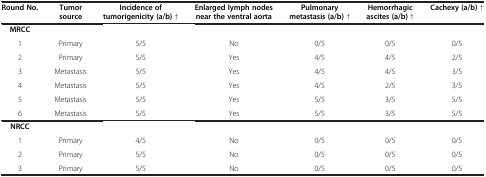
<table><thead><tr><td><b>Round No.</b></td><td><b>Tumor source</b></td><td><b>Incidence of tumorigenicity (a/b) †</b></td><td><b>Enlarged lymph nodes near the ventral aorta</b></td><td><b>Pulmonary metastasis (a/b) †</b></td><td><b>Hemorrhagic ascites (a/b) †</b></td><td><b>Cachexy (a/b) †</b></td></tr></thead><tbody><tr><td><b>MRCC</b></td><td> </td><td> </td><td> </td><td> </td><td> </td><td> </td></tr><tr><td>1</td><td>Primary</td><td>5/5</td><td>No</td><td>0/5</td><td>0/5</td><td>0/5</td></tr><tr><td>2</td><td>Primary</td><td>5/5</td><td>Yes</td><td>4/5</td><td>4/5</td><td>2/5</td></tr><tr><td>3</td><td>Metastasis</td><td>5/5</td><td>Yes</td><td>4/5</td><td>4/5</td><td>3/5</td></tr><tr><td>4</td><td>Metastasis</td><td>5/5</td><td>Yes</td><td>4/5</td><td>2/5</td><td>3/5</td></tr><tr><td>5</td><td>Metastasis</td><td>5/5</td><td>Yes</td><td>5/5</td><td>3/5</td><td>5/5</td></tr><tr><td>6</td><td>Metastasis</td><td>5/5</td><td>Yes</td><td>5/5</td><td>3/5</td><td>5/5</td></tr><tr><td><b>NRCC</b></td><td> </td><td> </td><td> </td><td> </td><td> </td><td> </td></tr><tr><td>1</td><td>Primary</td><td>4/5</td><td>No</td><td>0/5</td><td>0/5</td><td>0/5</td></tr><tr><td>2</td><td>Primary</td><td>5/5</td><td>No</td><td>0/5</td><td>0/5</td><td>0/5</td></tr><tr><td>3</td><td>Primary</td><td>5/5</td><td>No</td><td>0/5</td><td>0/5</td><td>0/5</td></tr></tbody></table>